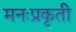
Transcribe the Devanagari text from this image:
मनःप्रकृती